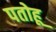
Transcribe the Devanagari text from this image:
पतोहू